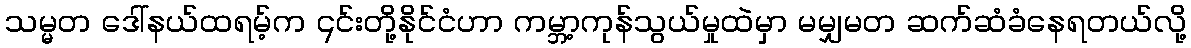
သမ္မတ ဒေါ်နယ်ထရမ့်က ၎င်းတို့နိုင်ငံဟာ ကမ္ဘာ့ကုန်သွယ်မှုထဲမှာ မမျှမတ ဆက်ဆံခံနေရတယ်လို့